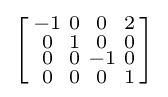
\left[{\begin{smallmatrix}-1&0&0&2\\0&1&0&0\\0&0&-1&0\\0&0&0&1\\\end{smallmatrix}}\right]